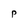
Character: P